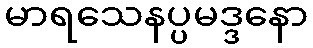
မာရသေနပ္ပမဒ္ဒနော